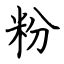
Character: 粉